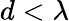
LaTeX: d<\lambda